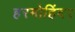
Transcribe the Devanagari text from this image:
हरमोहिंदर